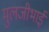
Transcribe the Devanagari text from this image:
मुलजीभाई